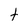
Character: t